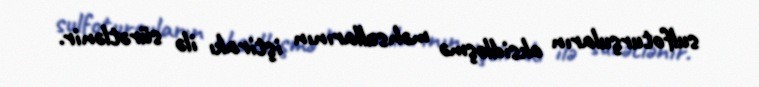
sulfoturşuların oksidləşmə məhsullarının iştirakı ilə sürətlənir.